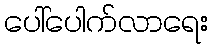
ပေါ်ပေါက်လာရေး